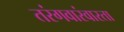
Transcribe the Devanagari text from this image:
तरंगवारंवारता